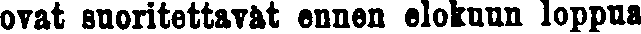
ovat suoritettavat ennen elokuun loppua.